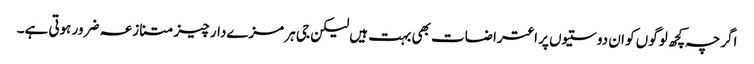
اگرچہ کچھ لوگوں کو ان دوستیوں پر اعتراضات بھی بہت ہیں لیکن جی ہر مزےدار چیز متنازعہ ضرور ہوتی ہے۔